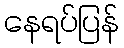
နေရပ်ပြန်